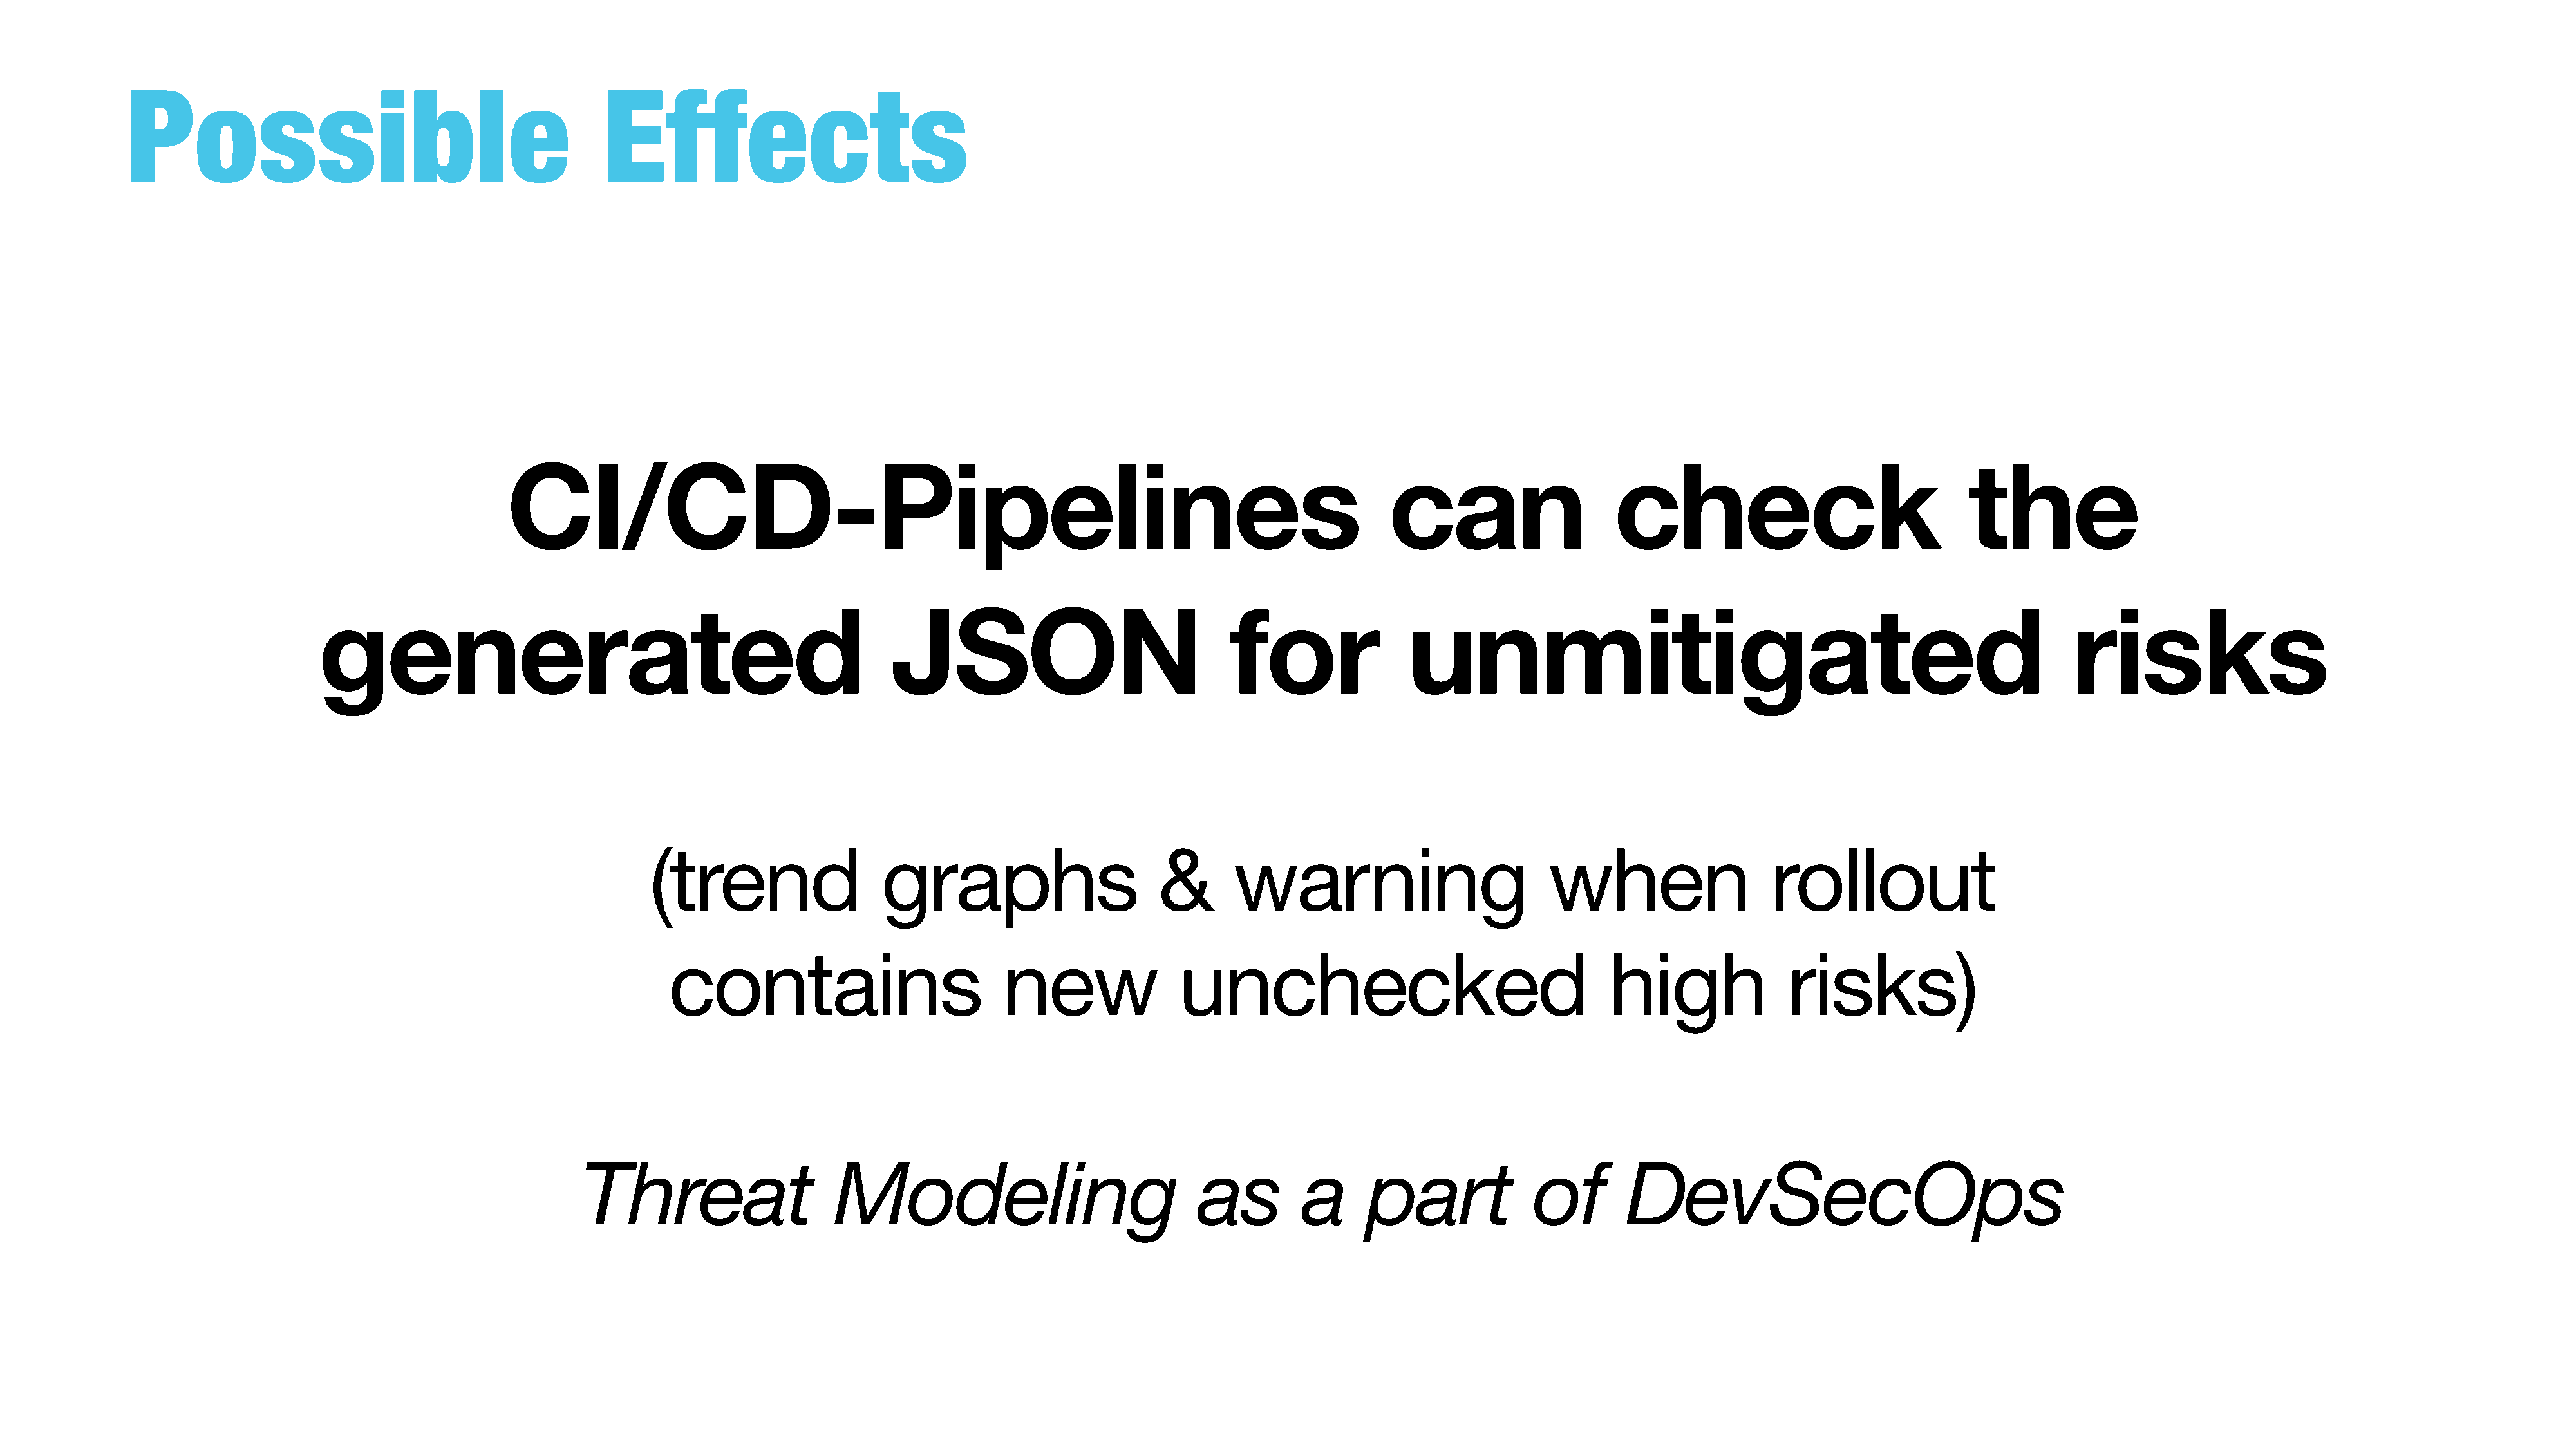
Possible                                         Effects
 CI/CD-Pipelines                                                                            can                    check                               the
 generated                                                  JSON                              for                unmitigated                                                         risks
 (trend                  graphs                      &       warning                         when                   rollout
 contains                          new               unchecked                                   high               risks)
 Threat                    Modeling                             as         a      part             of       DevSecOps